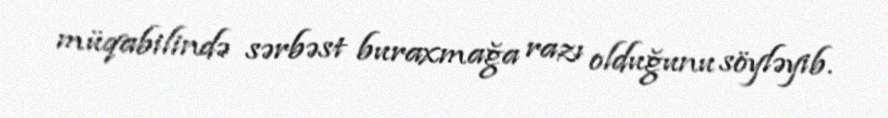
müqabilində sərbəst buraxmağa razı olduğunu söyləyib.